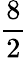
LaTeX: \frac{8}{2}